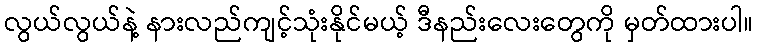
လွယ်လွယ်နဲ့ နားလည်ကျင့်သုံးနိုင်မယ့် ဒီနည်းလေးတွေကို မှတ်ထားပါ။